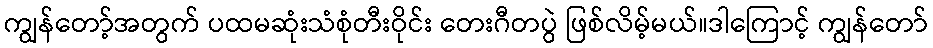
ကျွန်တော့်အတွက် ပထမဆုံးသံစုံတီးဝိုင်း တေးဂီတပွဲ ဖြစ်လိမ့်မယ်။ဒါကြောင့် ကျွန်တော်